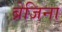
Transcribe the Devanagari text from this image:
ब्रेजिना